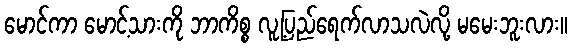
မောင်ကာ မောင့်သားကို ဘာကိစ္စ လူ့ပြည်ရေက်လာသလဲလို့ မမေးဘူးလား။